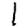
Digit: 1